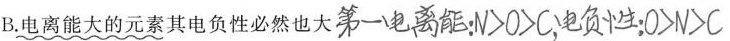
B.电离能大的元素其电负性必然也大##第一电离能：N>O>C，电负性：O>N>C##